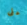
على